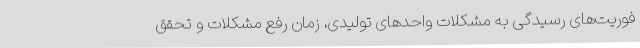
فوریت‌های رسیدگی به مشکلات واحدهای تولیدی، زمان رفع مشکلات و تحقق